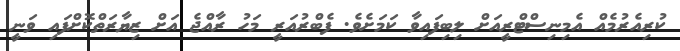
ކުރިއެރުމެއް އެމިނިސްޓްރީއަށް ލިބިފައިވާ ކަމަށެވެ. ފެބްރުއަރީ މަހު ރާއްޖެ އަށް ޒިޔާރަތްކޮށްފައި ވަނީ